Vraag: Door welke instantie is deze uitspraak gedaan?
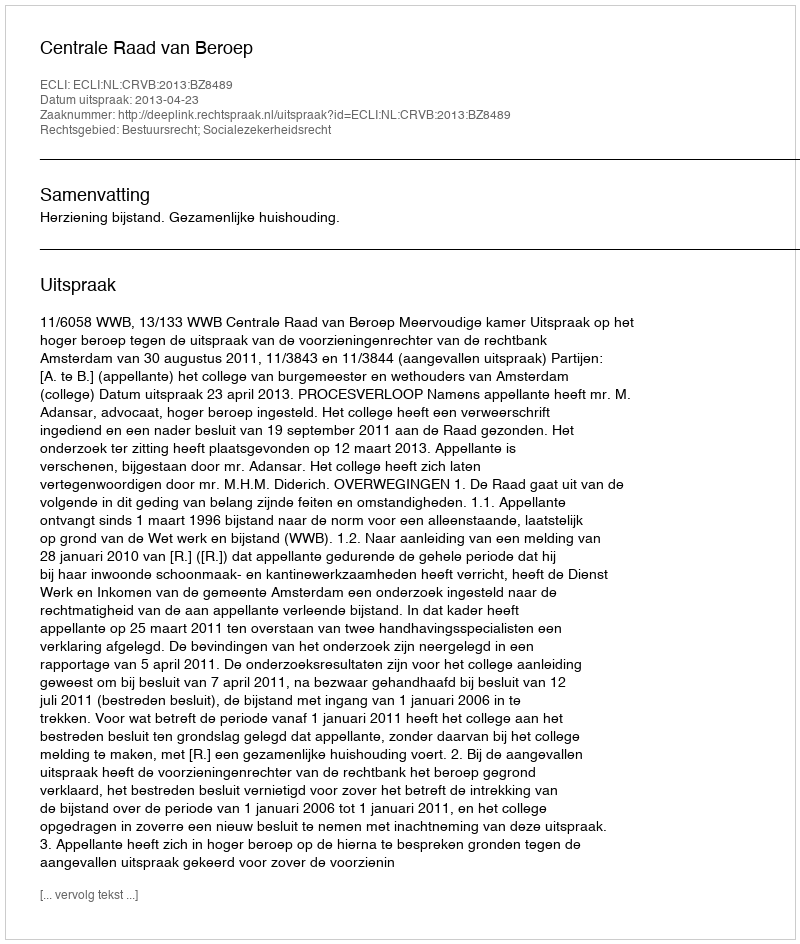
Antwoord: Centrale Raad van Beroep